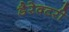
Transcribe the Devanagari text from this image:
डैरेक्टरी